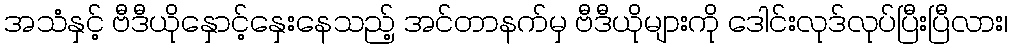
အသံနှင့် ဗီဒီယိုနှောင့်နှေးနေသည့် အင်တာနက်မှ ဗီဒီယိုများကို ဒေါင်းလုဒ်လုပ်ပြီးပြီလား၊